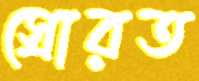
স্রোরত